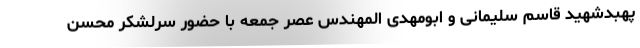
پهبدشهید قاسم سلیمانی و ابومهدی المهندس عصر جمعه با حضور سرلشکر محسن